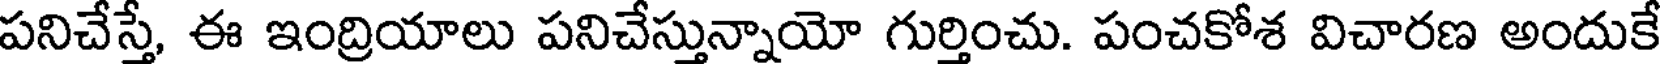
పనిచేస్తే, ఈ ఇంద్రియాలు పనిచేస్తున్నాయో గుర్తించు. పంచకోశ విచారణ అందుకే